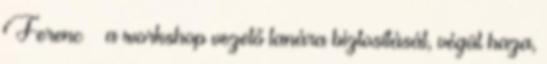
Ferenc – a workshop vezető tanára biztosítását, végül haza,